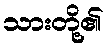
သားတို့၏